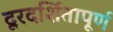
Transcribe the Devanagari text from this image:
दूरदर्शितापूर्ण